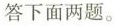
答下面两题。